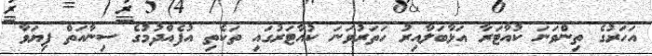
އަހަރުގެ ތިންވަނަ ކުއާޓަރާ އަޅާބަލާއިރު ހަތަރުވަނަ ކުއާޓަރުގައި ތަކެތި އުފެއްދުމުގެ ސިނާއަތް ފިޔަވާ